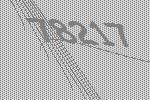
78217